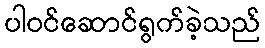
ပါဝင်ဆောင်ရွက်ခဲ့သည်